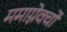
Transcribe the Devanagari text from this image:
ममाग्नेवर्चो